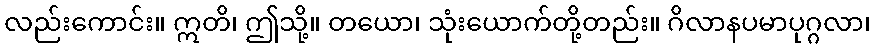
လည်းကောင်း။ ဣတိ၊ ဤသို့။ တယော၊ သုံးယောက်တို့တည်း။ ဂိလာနပမာပုဂ္ဂလာ၊